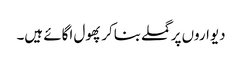
دیواروں پر گملے بناکر پھول اگائے ہیں۔